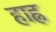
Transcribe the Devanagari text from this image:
हाह्न